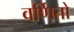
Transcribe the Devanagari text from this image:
वर्णितो